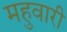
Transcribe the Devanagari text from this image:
महुवारी